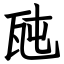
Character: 瓲